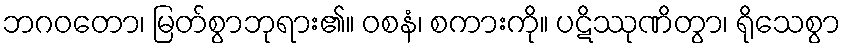
ဘဂဝတော၊ မြတ်စွာဘုရား၏။ ဝစနံ၊ စကားကို။ ပဋိဿုဏိတွာ၊ ရိုသေစွာ